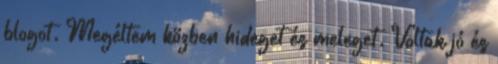
blogot. Megéltem közben hideget és meleget. Voltak jó és